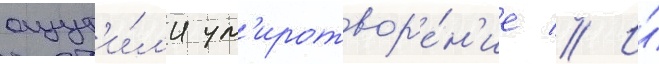
ощут'и́л'и ум'иротвор'е́н'ие // И́